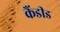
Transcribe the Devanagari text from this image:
कैंडीड